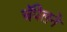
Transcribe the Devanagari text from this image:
चॅपेलने